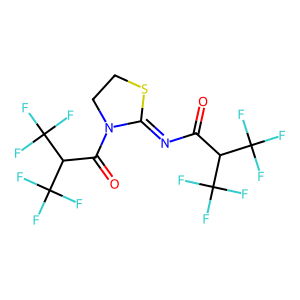
SMILES: O=C(N=C1SCCN1C(=O)C(C(F)(F)F)C(F)(F)F)C(C(F)(F)F)C(F)(F)F
Inhibits HIV replication: No